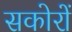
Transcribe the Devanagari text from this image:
सकोरों